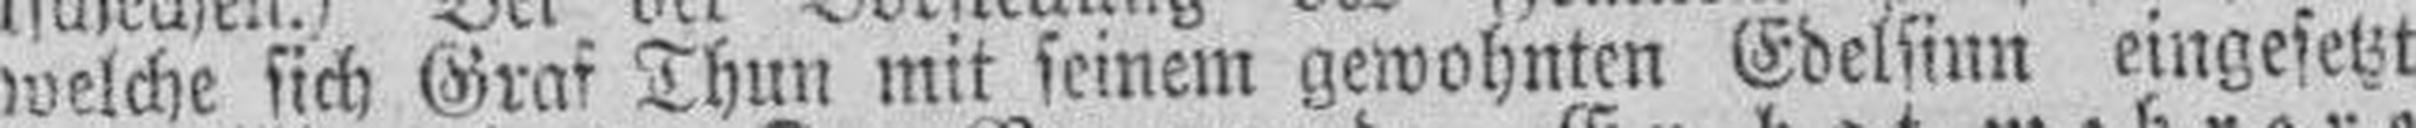
welche sich Graf Thun mit seinem gewohnten Edelsinn eingesetzt